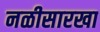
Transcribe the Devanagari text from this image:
नळीसारखा